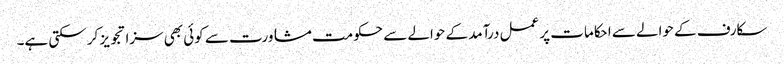
سکارف کے حوالے سے احکامات پر عمل درآمد کے حوالے سے حکومت مشاورت سے کوئی بھی سزا تجویز کر سکتی ہے۔